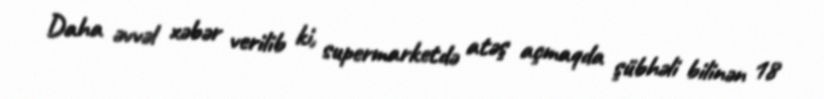
Daha əvvəl xəbər verilib ki, supermarketdə atəş açmaqda şübhəli bilinən 18